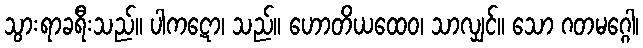
သွားရာခရီးသည်။ ပါကဋော၊ သည်။ ဟောတိယထေဝ၊ သာလျှင်။ သော ဂတမဂ္ဂေါ၊